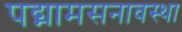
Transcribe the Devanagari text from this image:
पद्मामसनावस्था